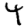
Digit: 4